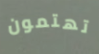
تهتمون